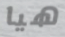
هيا